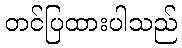
တင်ပြထားပါသည်